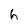
Character: 6